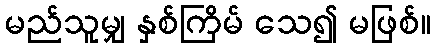
မည်သူမျှ နှစ်ကြိမ် သေ၍ မဖြစ်။